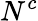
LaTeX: N^{c}